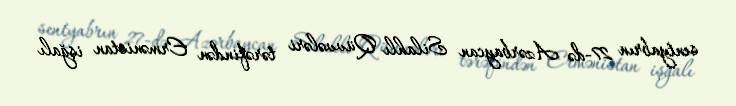
sentyabrın 27-də Azərbaycan Silahlı Qüvvələri tərəfindən Ermənistan işğalı